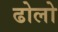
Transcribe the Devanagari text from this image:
ढोलो